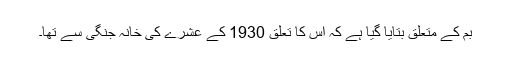
بم کے متعلق بتایا گیا ہے کہ اس کا تعلق 1930 کے عشرے کی خانہ جنگی سے تھا۔